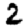
Digit: 2